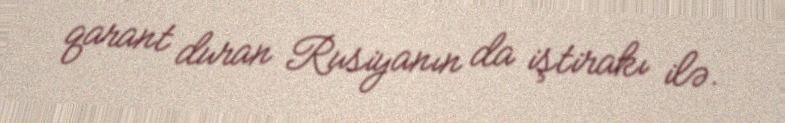
qarant duran Rusiyanın da iştirakı ilə.